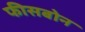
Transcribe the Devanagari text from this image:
फीसबोन